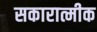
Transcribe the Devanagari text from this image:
सकारात्मीक